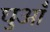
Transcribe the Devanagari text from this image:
घुआँ